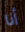
أنا